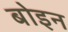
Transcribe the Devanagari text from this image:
बोइन